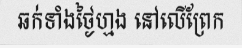
ឆក់ទាំងថ្ងៃហ្មង នៅលើព្រែក